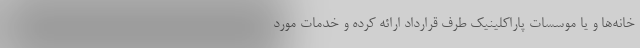
خانه‌ها و یا موسسات پاراکلینیک طرف قرارداد ارائه کرده و خدمات مورد